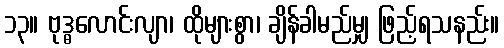
၁၃။ ဗုဒ္ဓလောင်းလျာ၊ ထိုများစွာ၊ ချိန်ခါမည်မျှ ဖြည့်ရသနည်း။